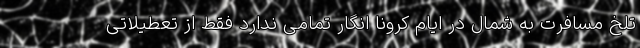
تلخ مسافرت به شمال در ایام کرونا انگار تمامی ندارد فقط از تعطیلاتی